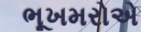
ભૂખમરોએ